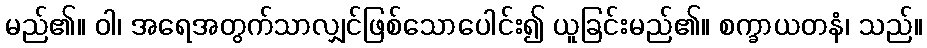
မည်၏။ ဝါ၊ အရေအတွက်သာလျှင်ဖြစ်သောပေါင်း၍ ယူခြင်းမည်၏။ စက္ခာယတနံ၊ သည်။